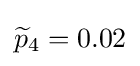
{\widetilde {p}}_{4}=0.02